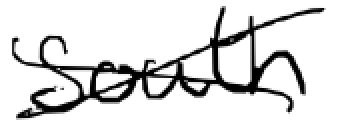
Text: South
Cross-out: cross
Writing tool: digital_black